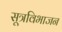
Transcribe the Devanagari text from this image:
सूत्रविभाजन